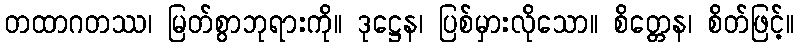
တထာဂတဿ၊ မြတ်စွာဘုရားကို။ ဒုဋ္ဌေန၊ ပြစ်မှားလိုသော။ စိတ္တေန၊ စိတ်ဖြင့်။